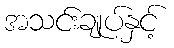
အသင်းချုပ်နှင့်